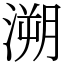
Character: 溯